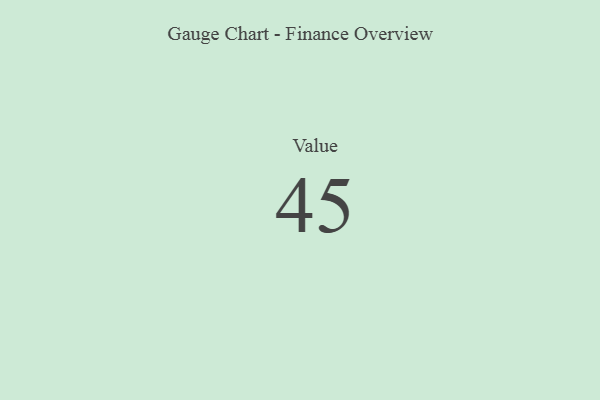
{"axis": {"x": "Metric", "y": "Value"}, "legend": [""], "data": [{"x": "Value", "y": 45, "type": ""}]}